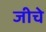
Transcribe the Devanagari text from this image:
जीचे